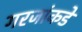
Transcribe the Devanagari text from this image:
गरजांकडे